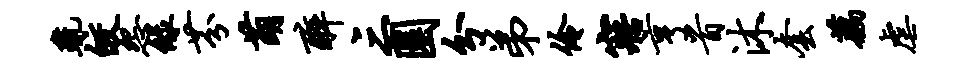
疏皎怨绿芬萌醉三圜分弟伶寤亨首沐套藕虐